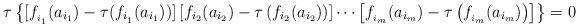
LaTeX: \begin{align*}\tau \left \{ \lbrack f_{_{i_{1}}}(a_{i_{1}})-\tau(f_{i_{_{1}}}(a_{i_{1}}))]\left[ f_{i_{2}}(a_{i_{2}})-\tau \left( f_{i_{2}}(a_{i_{2}})\right) \right]\cdots \left[ f_{_{i_{m}}}(a_{i_{m}})-\tau \left(f_{_{i_{m}}}(a_{i_{m}})\right) \right] \right \} =0 \end{align*}